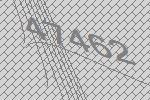
47462